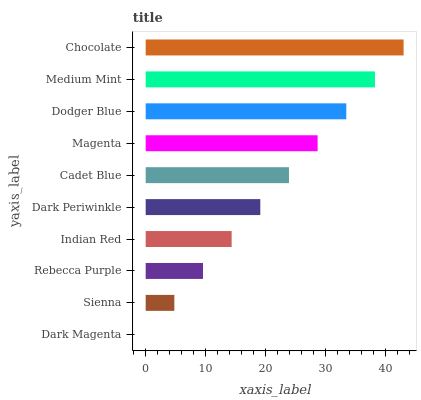
| yaxis_label | bars |
 | --- | --- |
 | Dark Magenta | 0 |
 | Sienna | 4.78 |
 | Rebecca Purple | 9.56 |
 | Indian Red | 14.3 |
 | Dark Periwinkle | 19.1 |
 | Cadet Blue | 23.9 |
 | Magenta | 28.7 |
 | Dodger Blue | 33.5 |
 | Medium Mint | 38.2 |
 | Chocolate | 43 |